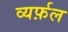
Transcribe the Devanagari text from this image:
व्यर्फ़ल